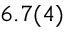
6 . 7 ( 4 )